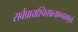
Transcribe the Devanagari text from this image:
सर्वप्रायश्चित्तप्रत्याम्नायभूतां